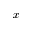
\boldsymbol { x }